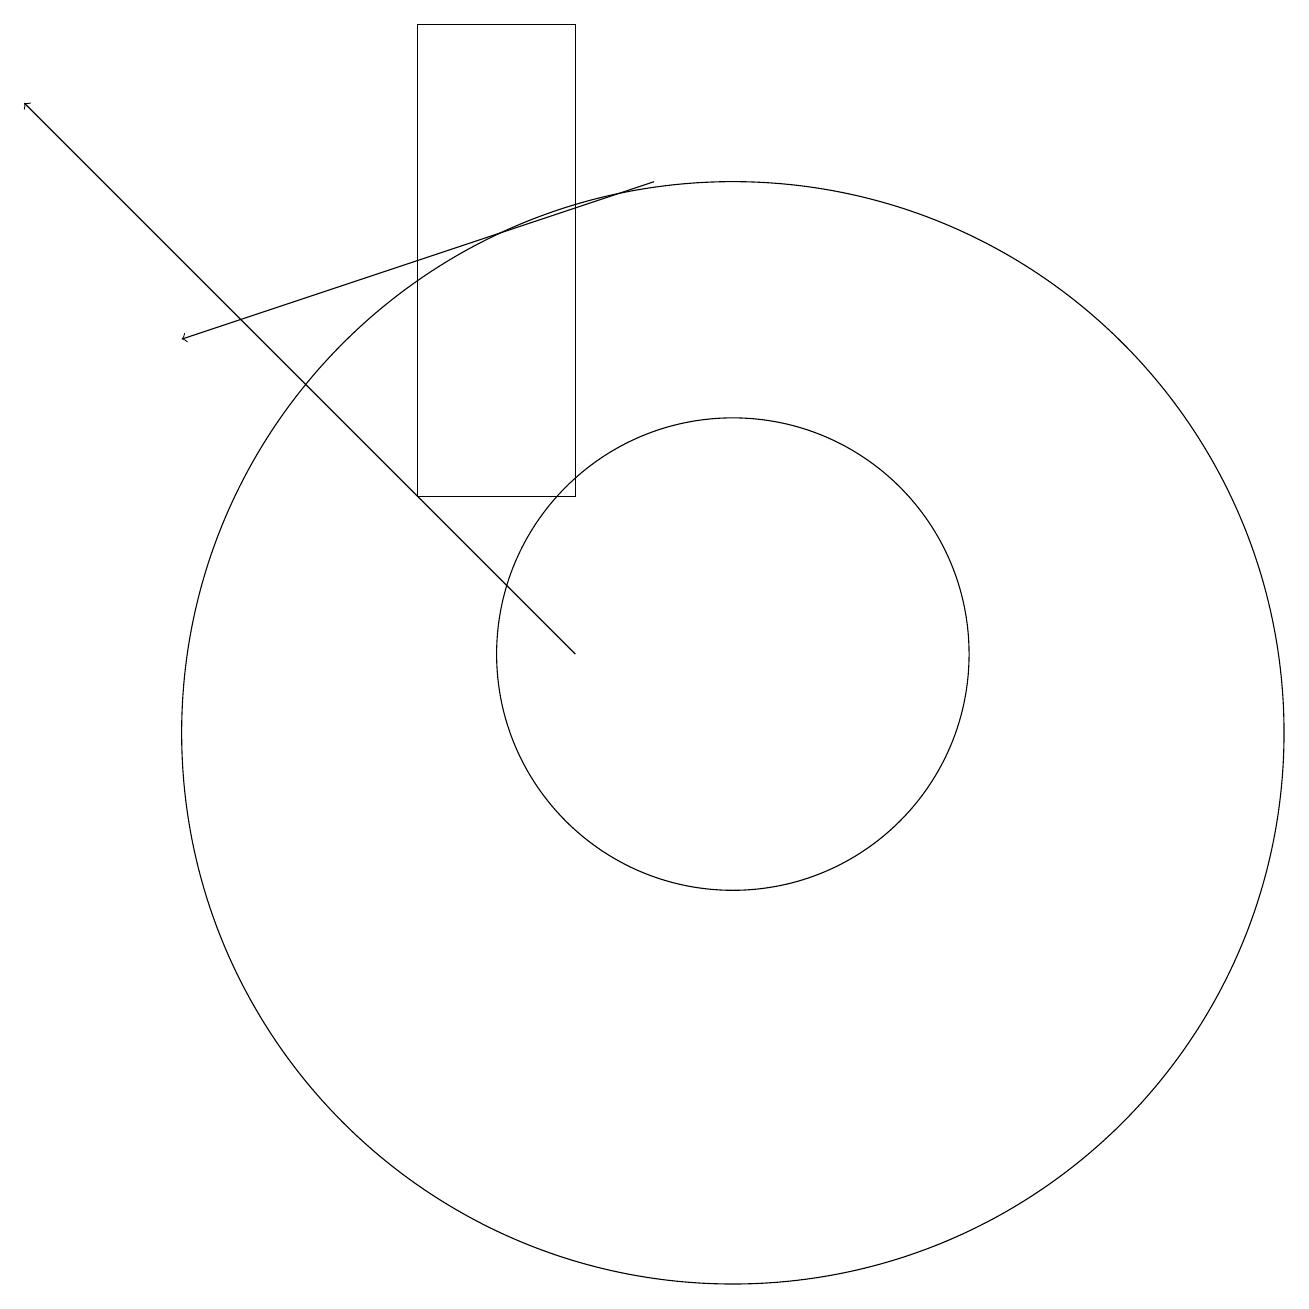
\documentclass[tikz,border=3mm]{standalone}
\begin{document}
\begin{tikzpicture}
\draw (8,13) rectangle (6,19);
\draw[->] (9,17) -- (3,15);
\draw (10,11) circle (3);
\draw (10,10) circle (7);
\draw[->] (8,11) -- (1,18);
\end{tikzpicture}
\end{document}